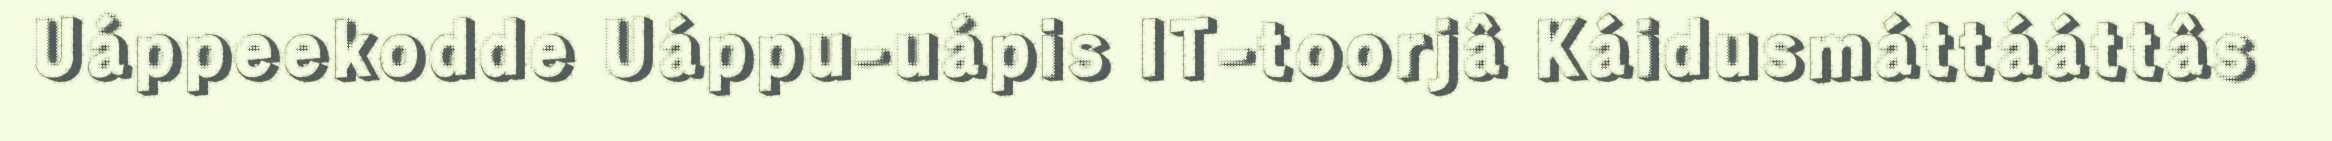
Uáppeekodde Uáppu-uápis IT-toorjâ Káidusmáttááttâs